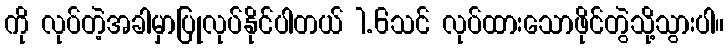
ကို လုပ်တဲ့အခါမှာပြုလုပ်နိုင်ပါတယ် 1.6သင် လုပ်ထားသောဖိုင်တွဲသို့သွားပါ။